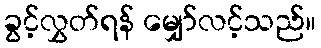
ခွင့်လွှတ်ရန် မျှော်လင့်သည်။